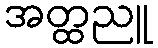
အတ္ထညူ